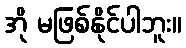
အို မဖြစ်နိုင်ပါဘူး။